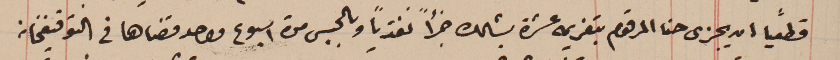
قطعياً ان يجزى حنا المرقوم بتغريمه عشرة بشلك جزأً نقدياً وبالحبس مدة اسبوع واحد قضاها في التوقيفخانه